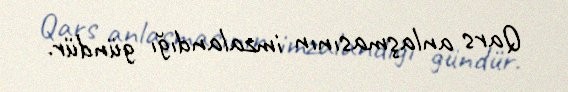
Qars anlaşmasının imzalandığı gündür.